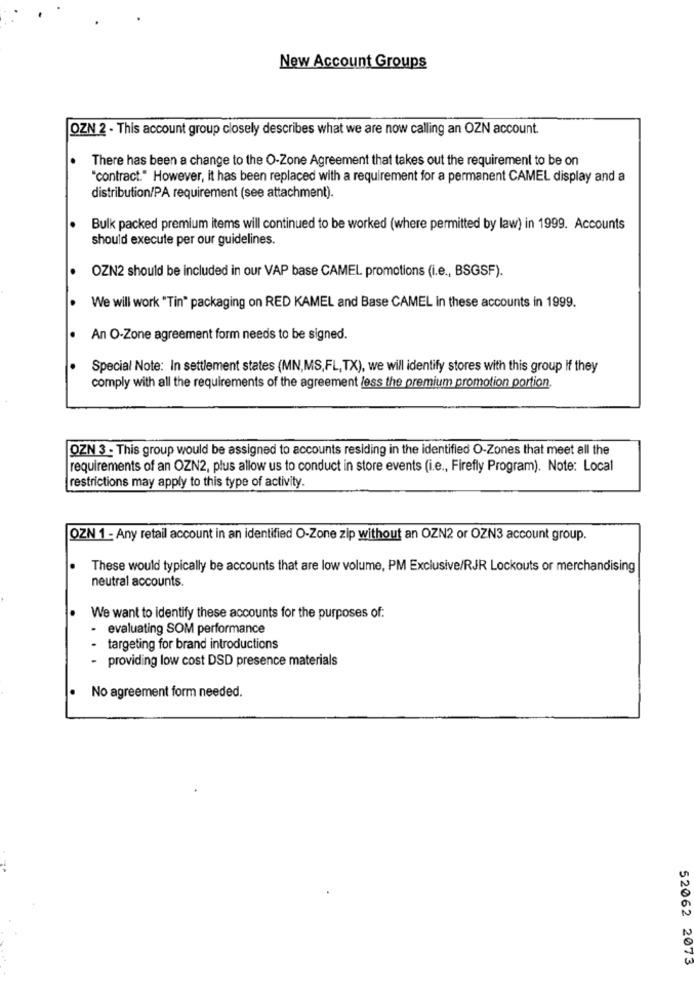
New Account Groups
OZN 2 - This account group closely describes what we are now calling an OZN account.
There has been a change to the O-Zone Agreement that takes out the requirement to be on
"contract." However, it has been replaced with a requirement for a permanent CAMEL display and a
distribution/PA requirement (see attachment).
Bulk packed premium items will continued to be worked (where permitted by law) in 1999. Accounts
should execute per our guidelines.
OZN2 should be included in our VAP base CAMEL promotions (i.e ., BSGSF).
We will work "Tin" packaging on RED KAMEL and Base CAMEL in these accounts in 1999.
An O-Zone agreement form needs to be signed.
Special Note: In settlement states (MN,MS,FL, TX), we will identify stores with this group If they
comply with all the requirements of the agreement less the premium promotion portion.
QZN 3 - This group would be assigned to accounts residing in the identified O-Zones that meet all the
requirements of an OZN2, plus allow us to conduct in store events (i.e ., Firefly Program). Note: Local
restrictions may apply to this type of activity.
QZN 1 - Any retail account in an identified O-Zone zip without an OZN2 or OZN3 account group.
.
These would typically be accounts that are low volume, PM Exclusive/RJR Lockouts or merchandising
neutral accounts.
We want to identify these accounts for the purposes of:
- evaluating SOM performance
targeting for brand introductions
providing low cost DSD presence materials
No agreement form needed.
52062 2073